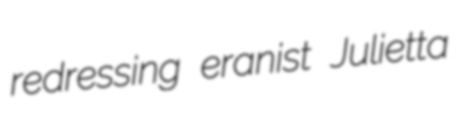
redressing eranist Julietta